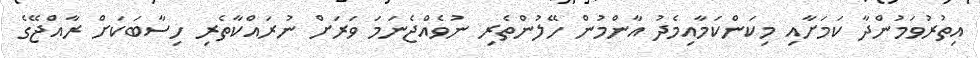
އިތުރުވަމުންދާ ކަމަށާއި މިކަންކަމާއިމެދު އާންމުން ހޭލުންތެރި ނުވެއްޖެނަމަ ވަރަށް ނުރައްކާތެރި ހިސާބަކަށް ރާއްޖޭގެ